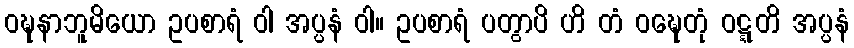
ဝဍ္ဎနာဘူမိယော ဥပစာရံ ဝါ အပ္ပနံ ဝါ။ ဥပစာရံ ပတွာပိ ဟိ တံ ဝဍ္ဎေတုံ ဝဋ္ဋတိ အပ္ပနံ